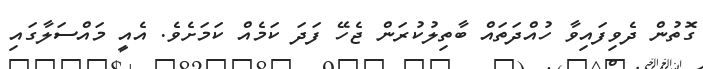
ގޮތުން ދެވިފައިވާ ހުއްދަތައް ބާތިލުކުރަން ޖެހޭ ފަދަ ކަމެއް ކަމަށެވެ. އެއީ މައްސަލާގައި